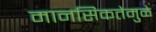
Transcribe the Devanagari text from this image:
मानसिकतेमुळे